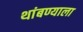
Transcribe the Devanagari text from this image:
थांबण्याला